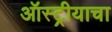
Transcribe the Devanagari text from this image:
ऑस्ट्रीयाचा